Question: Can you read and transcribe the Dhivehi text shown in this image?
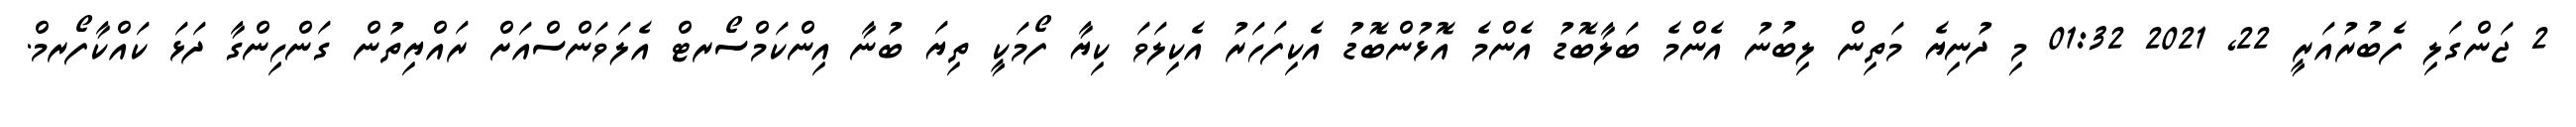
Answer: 2 ޖަންގަލި ފެބުރުއަރީ 22, 2021 01:32 މި ދުނިޔެ މަތިން ލިބުނު އެންމެ ބަލާބޮޑު އެންމެ އޮޅުންބޮޑު އެކިފަހަރު އެކިލަވަ ކިޔާ ފޯމަކީ ތިޔަ ބުނާ އިންކަމްސޯރޓް އެލަވަންސްއަށް ރައްޔިތުން ގަންހިންގާ ދަޅަ ކައްކާފޯރމް.